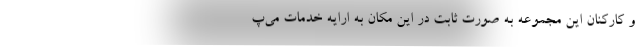
و کارکنان این مجموعه به صورت ثابت در این مکان به ارایه خدمات می‌پ